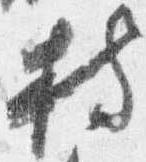
持